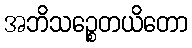
အဘိသဉ္စေတယိတော